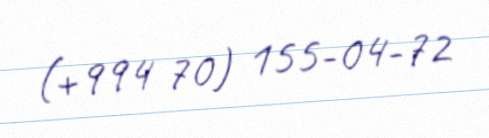
(+994 70) 155-04-72